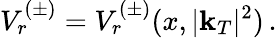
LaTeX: V_{r}^{(\pm)}=V_{r}^{(\pm)}(x,|\mathbf{k}_{T}|^{2})\, .